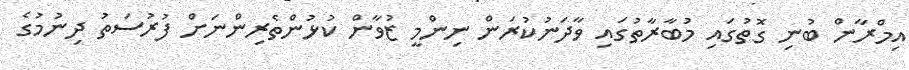
އިމްރާން ބުނި ގޮތުގައި މުބާރާތުގައި ވާދަނުކުރަން ނިންމީ ޒުވާން ކުޅުންތެރިންނަށް ފުރުސަތު ދިނުމުގެ